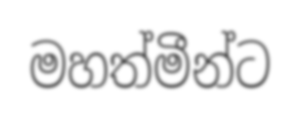
මහත්මීන්ට